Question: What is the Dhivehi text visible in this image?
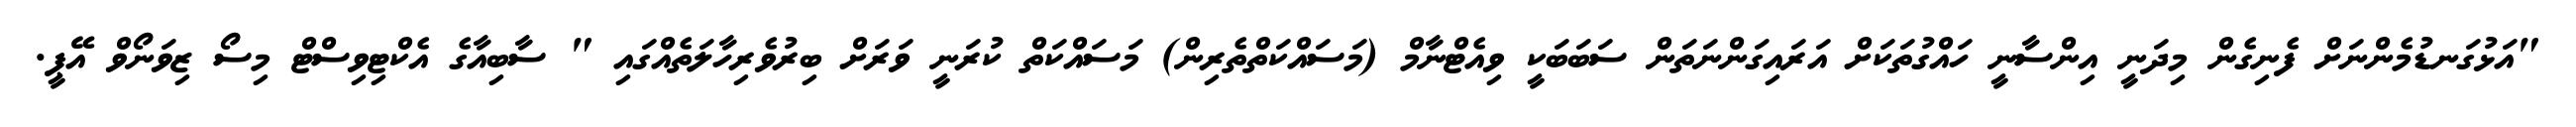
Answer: "އަޅުގަނޑުމެންނަށް ފެނިގެން މިދަނީ އިންސާނީ ހައްގުތަކަށް އަރައިގަންނަތަން ސަބަބަކީ ވިއެޓްނާމް (މަސައްކަތްތެރިން) މަސައްކަތް ކުރަނީ ވަރަށް ބިރުވެރިހާލަތެއްގައި " ސާބިއާގެ އެކްޓިވިސްޓް މިސޯ ޒިވަނޯވް އޭޕީ.